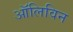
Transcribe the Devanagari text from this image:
ऑलिविन